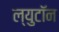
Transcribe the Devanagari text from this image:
ल्युटॉन